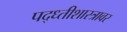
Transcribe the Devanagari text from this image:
पद्ध्तीशास्त्रावर